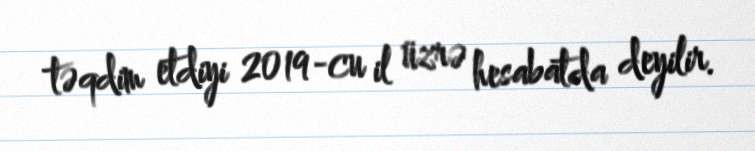
təqdim etdiyi 2019-cu il üzrə hesabatda deyilir.